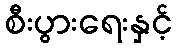
စီးပွားရေးနှင့်